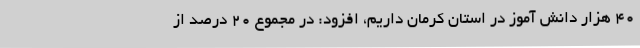
40 هزار دانش آموز در استان کرمان داریم، افزود: در مجموع 20 درصد از